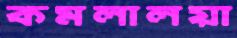
কমলালয়া